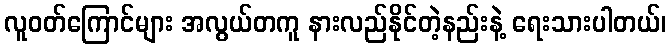
လူဝတ်ကြောင်များ အလွယ်တကူ နားလည်နိုင်တဲ့နည်းနဲ့ ရေးသားပါတယ်၊